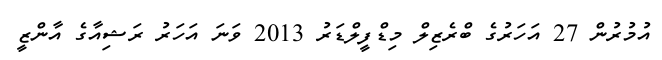
އުމުރުން 27 އަހަރުގެ ބްރެޒިލް މިޑްފީލްޑަރު 2013 ވަނަ އަހަރު ރަޝިއާގެ އާންޒީ